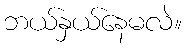
ဘယ်နှယ်နေမလဲ။